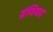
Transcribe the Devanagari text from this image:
ग्रंथिपाद